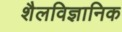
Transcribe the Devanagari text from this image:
शैलविज्ञानिक